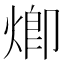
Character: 𤊵